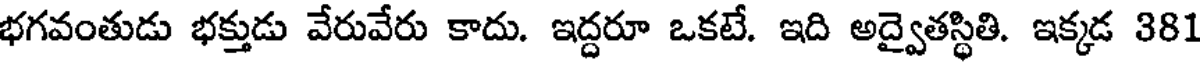
భగవంతుడు భక్తుడు వేరువేరు కాదు. ఇద్దరూ ఒకటే. ఇది అద్వైతస్థితి. ఇక్కడ 381